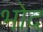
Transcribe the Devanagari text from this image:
भोद